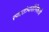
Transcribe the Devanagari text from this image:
स्वातंत्र्यसैनिकाचे